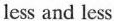
less and less